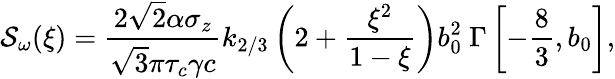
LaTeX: \mathcal{S}_{\omega}(\xi)=\frac{2\sqrt{2}\alpha\sigma_{z}}{\sqrt{3}\pi\tau_{c}\gamma c}k_{2/3}\left(2+\frac{\xi^{2}}{1-\xi}\right)b_{0}^{2}\ \Gamma\left[-\frac{8}{3},b_{0}\right],